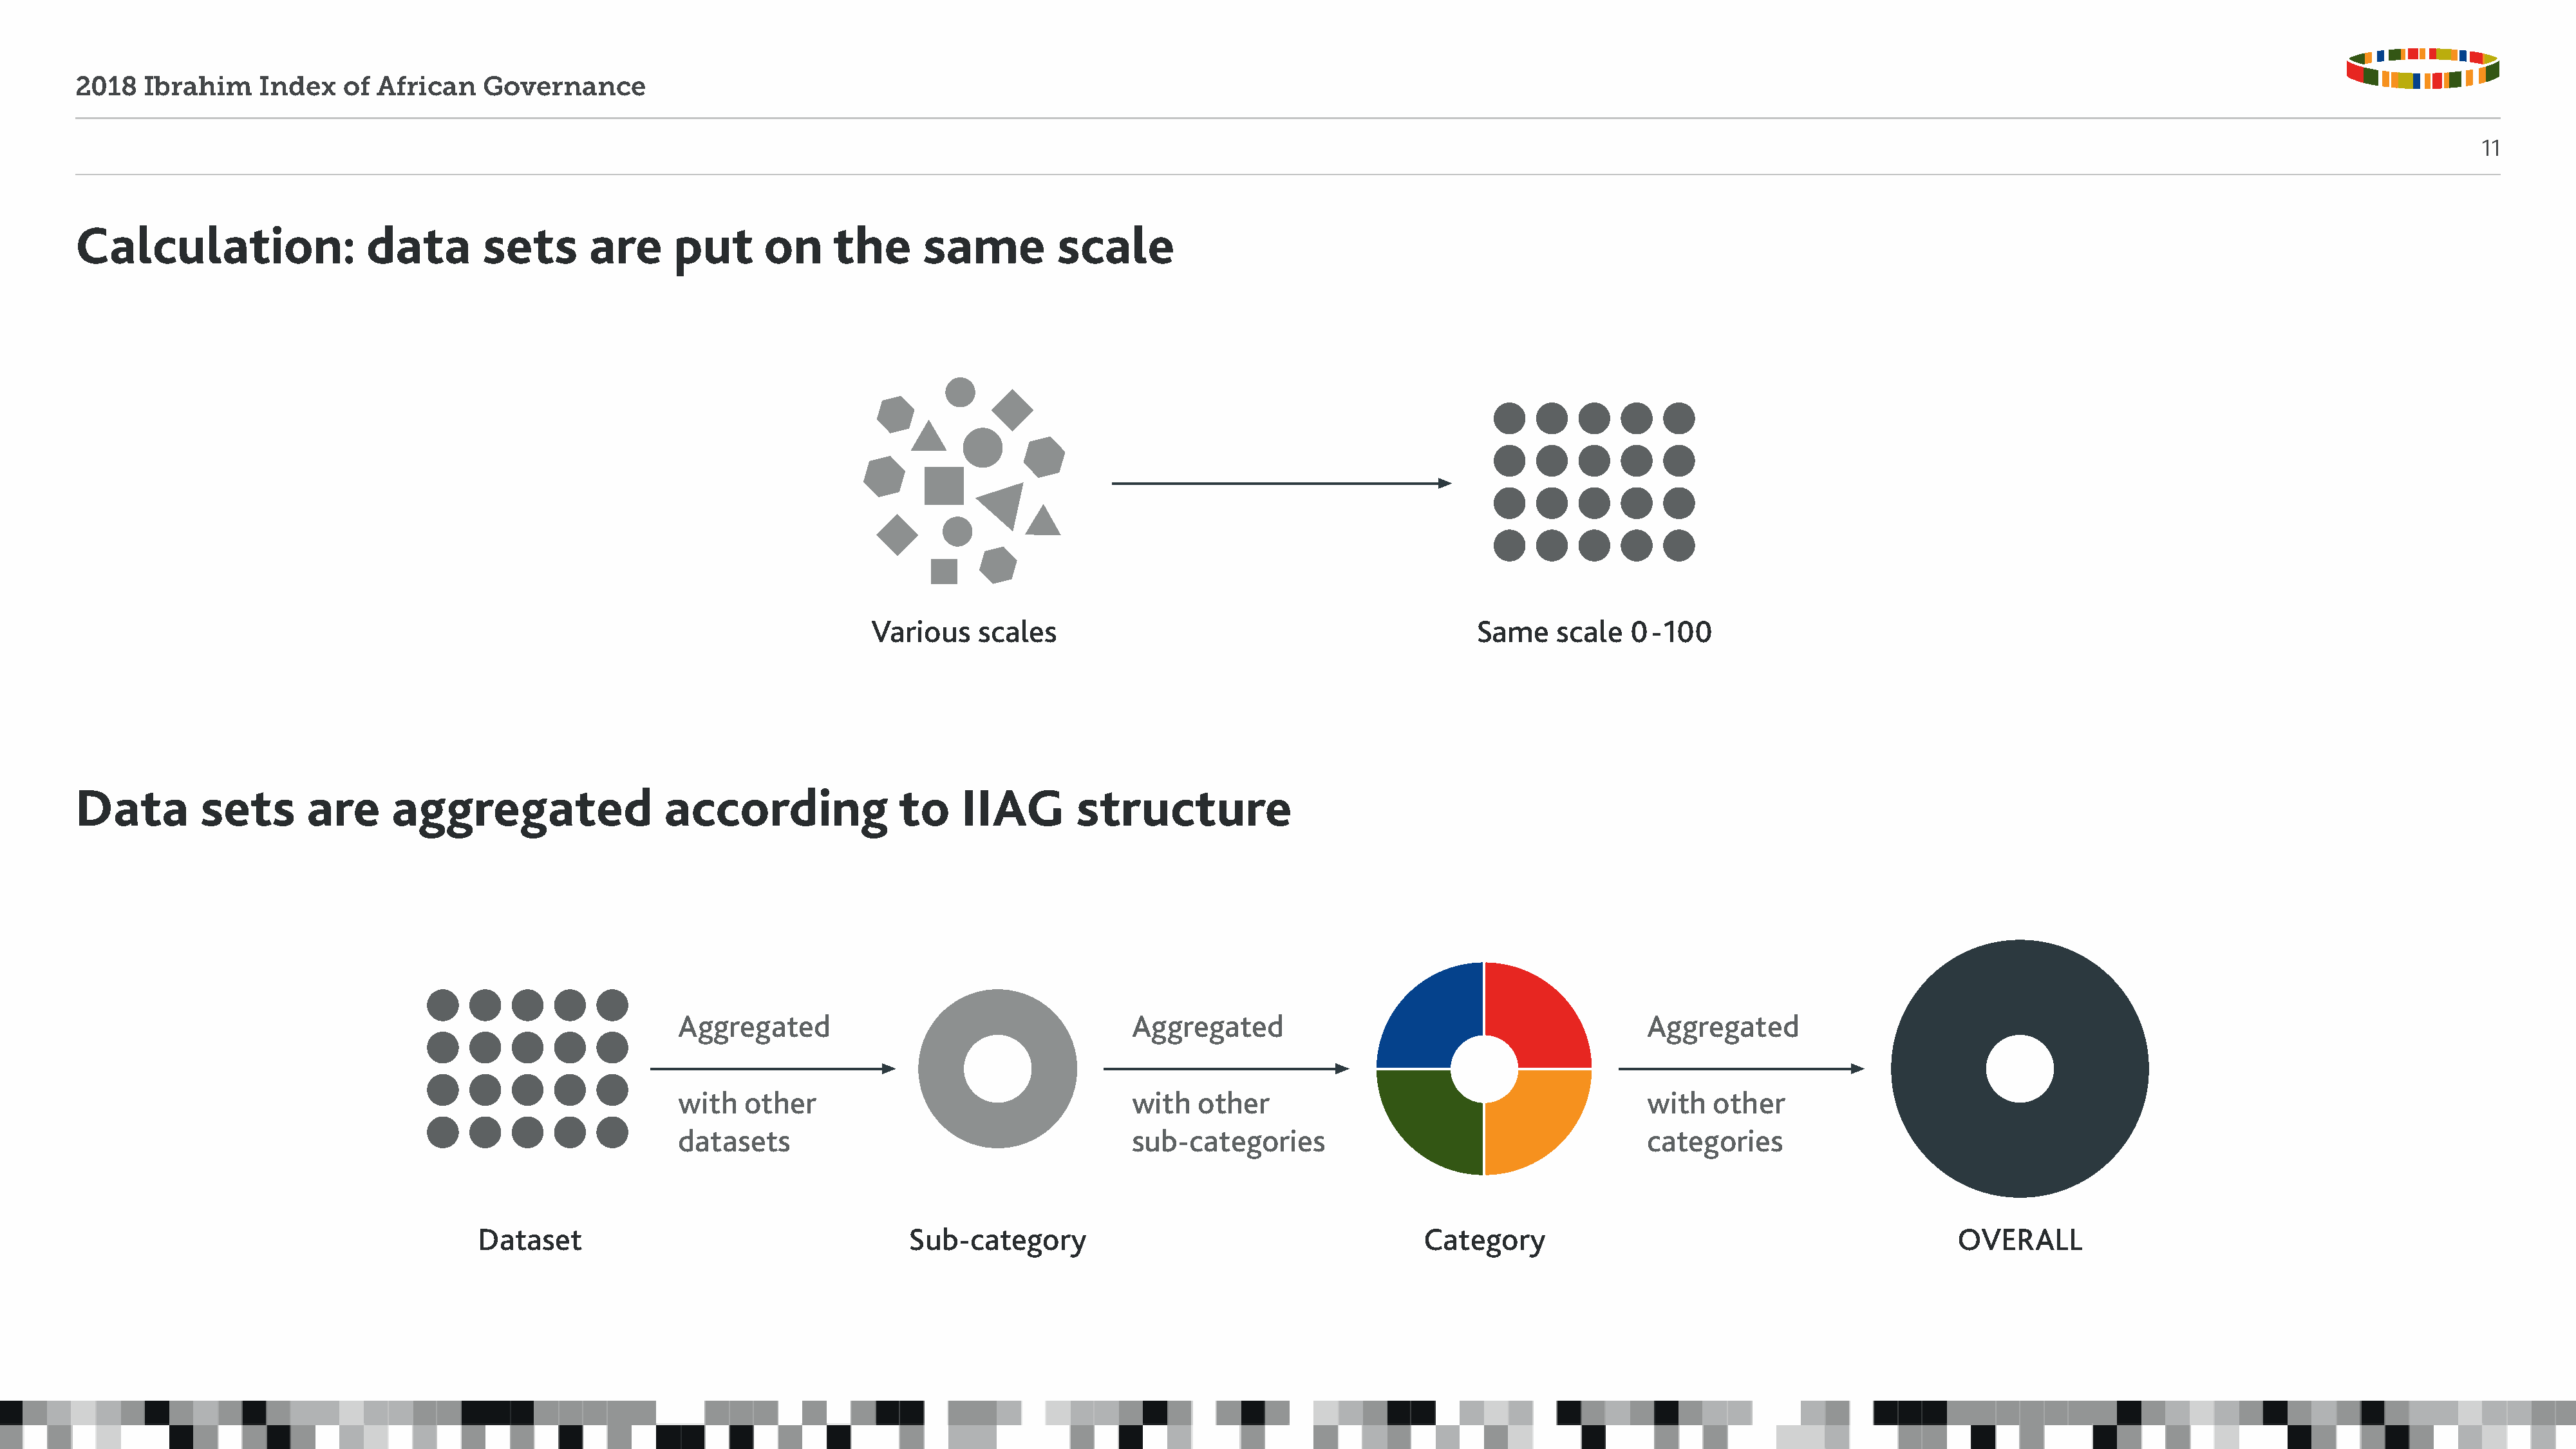
2018   Ibrahim     Index   of  African    Governance
 11
 Calculation:                  data        sets       are     put       on     the      same          scale
 Various    scales                                             Same    scale   0-100
 Data         sets       are     aggregated                  according               to     IIAG        structure
 Aggregated                                    Aggregated                                           Aggregated
 with   other                                  with   other                                         with   other
 datasets                                      sub-categories                                       categories
 Dataset                                     Sub-category                                         Category                                               OVERALL